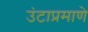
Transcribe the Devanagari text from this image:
उंटाप्रमाणे